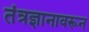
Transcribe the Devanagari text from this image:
तंत्रज्ञानावरून